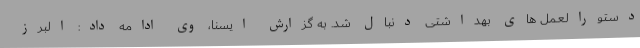
دستورالعمل های بهداشتی دنبال شد. به گزارش ایسنا، وی ادامه داد: البرز